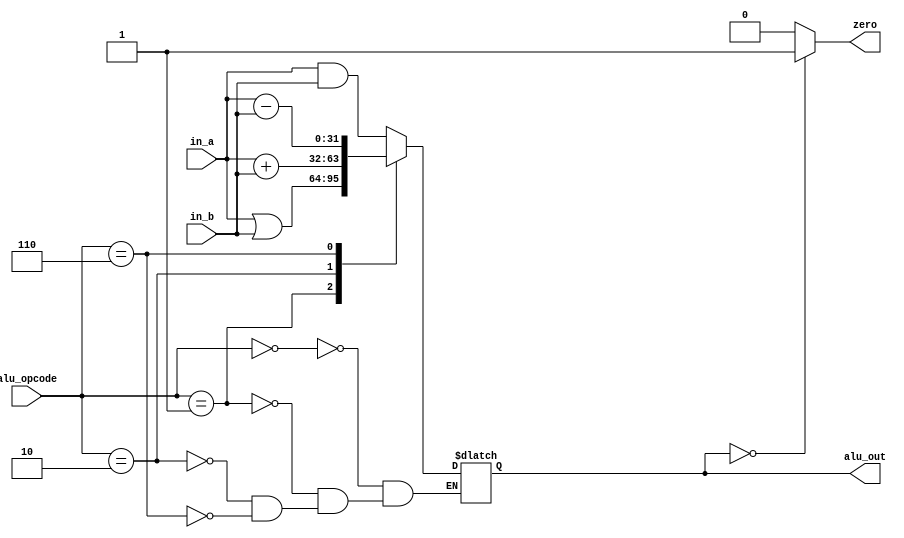
module alu ( 
   input [3:0]  alu_opcode,
   input [31:0] in_a , in_b, 
   output zero,
   output reg [31:0] alu_out  
 );

   // always @ ( in_a or in_b or alu_opcode or alu_out )  
    always @*
     begin       
       case ( alu_opcode )   
     4'h0   :  alu_out = in_a & in_b;
     4'h1   :  alu_out = in_a | in_b;
     4'h2   :  alu_out = in_a + in_b;
     4'h6   :  alu_out = in_a - in_b;   
       endcase          
     end 

         assign zero = ( alu_out == 32'b0 ) ? 1'b1 : 1'b0;
  
 endmodule